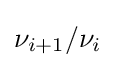
\nu _{i+1}/\nu _{i}